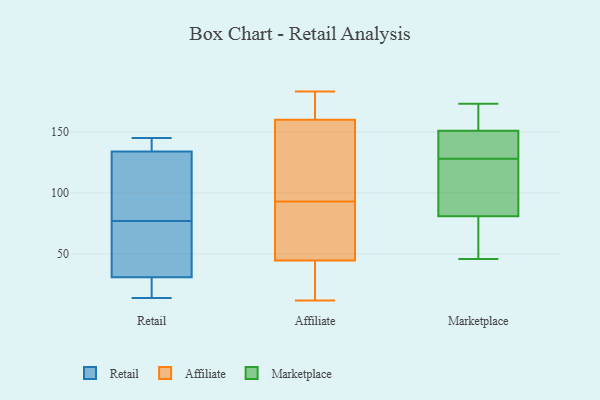
{"axis": {"x": "Satisfaction Score", "y": "Value"}, "legend": ["Affiliate", "Marketplace", "Retail"], "data": [{"x": "", "y": 14, "type": "Retail"}, {"x": "", "y": 139, "type": "Retail"}, {"x": "", "y": 122, "type": "Retail"}, {"x": "", "y": 31, "type": "Retail"}, {"x": "", "y": 45, "type": "Retail"}, {"x": "", "y": 145, "type": "Retail"}, {"x": "", "y": 71, "type": "Retail"}, {"x": "", "y": 83, "type": "Retail"}, {"x": "", "y": 16, "type": "Retail"}, {"x": "", "y": 134, "type": "Retail"}, {"x": "", "y": 137, "type": "Affiliate"}, {"x": "", "y": 160, "type": "Affiliate"}, {"x": "", "y": 44, "type": "Affiliate"}, {"x": "", "y": 92, "type": "Affiliate"}, {"x": "", "y": 45, "type": "Affiliate"}, {"x": "", "y": 183, "type": "Affiliate"}, {"x": "", "y": 46, "type": "Affiliate"}, {"x": "", "y": 160, "type": "Affiliate"}, {"x": "", "y": 12, "type": "Affiliate"}, {"x": "", "y": 26, "type": "Affiliate"}, {"x": "", "y": 93, "type": "Affiliate"}, {"x": "", "y": 169, "type": "Affiliate"}, {"x": "", "y": 121, "type": "Affiliate"}, {"x": "", "y": 67, "type": "Marketplace"}, {"x": "", "y": 173, "type": "Marketplace"}, {"x": "", "y": 81, "type": "Marketplace"}, {"x": "", "y": 151, "type": "Marketplace"}, {"x": "", "y": 164, "type": "Marketplace"}, {"x": "", "y": 145, "type": "Marketplace"}, {"x": "", "y": 131, "type": "Marketplace"}, {"x": "", "y": 83, "type": "Marketplace"}, {"x": "", "y": 125, "type": "Marketplace"}, {"x": "", "y": 46, "type": "Marketplace"}]}